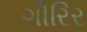
ગૌરિર